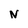
Character: N